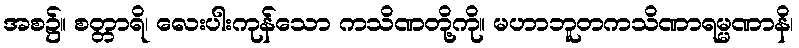
အစ၌။ စတ္တာရိ၊ လေးပါးကုန်သော ကသိဏတို့ကို။ မဟာဘူတကသိဏာရမ္မဏာနိ၊